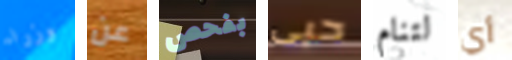
وزراء عن بفحص حبى لتنام أي